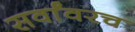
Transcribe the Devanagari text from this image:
सर्वांवरच